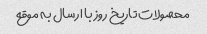
محصولات تاریخ روز با ارسال به موقع